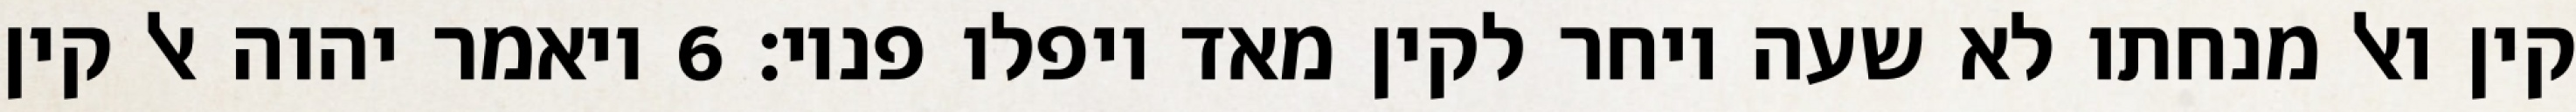
קין ואל מנחתו לא שעה ויחר לקין מאד ויפלו פניו׃ ‎6‏ ויאמר יהוה אל קין